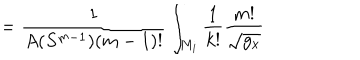
LaTeX: = \frac 1 { A ( S ^ { m - 1 } ) ( m - 1 ) ! } \int _ { M _ { i } } \frac 1 { k ! } \frac { m ! } { \sqrt { g _ { x } } }